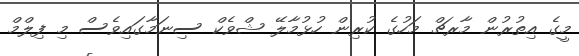
މީގެ އިތުރުން މާރޗް މަހުގެ ކުރިން ހުޅުމާލޭ ޝްވެކް ސިނަމާގައިވެސް މި ފިލްމް